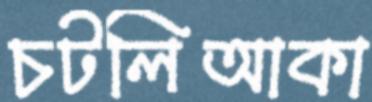
চটলিআকা